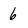
Character: 6